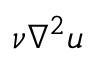
\nu \nabla ^ { 2 } \boldsymbol { u }